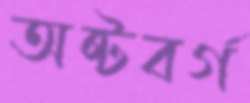
অষ্টবর্গ